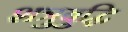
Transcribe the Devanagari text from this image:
शत्रुबुद्धि